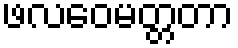
ဖလဝေမတ္တတာ